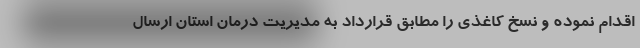
اقدام نموده و نسخ کاغذی را مطابق قرارداد به مدیریت‌ درمان استان ارسال